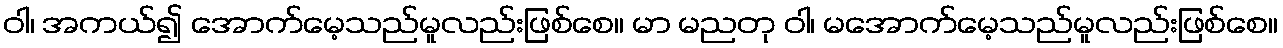
ဝါ၊ အကယ်၍ အောက်မေ့သည်မူလည်းဖြစ်စေ။ မာ မညတု ဝါ၊ မအောက်မေ့သည်မူလည်းဖြစ်စေ။